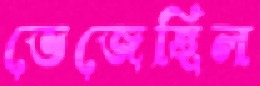
ভেজেছিল